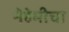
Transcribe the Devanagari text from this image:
नेहेमीचा